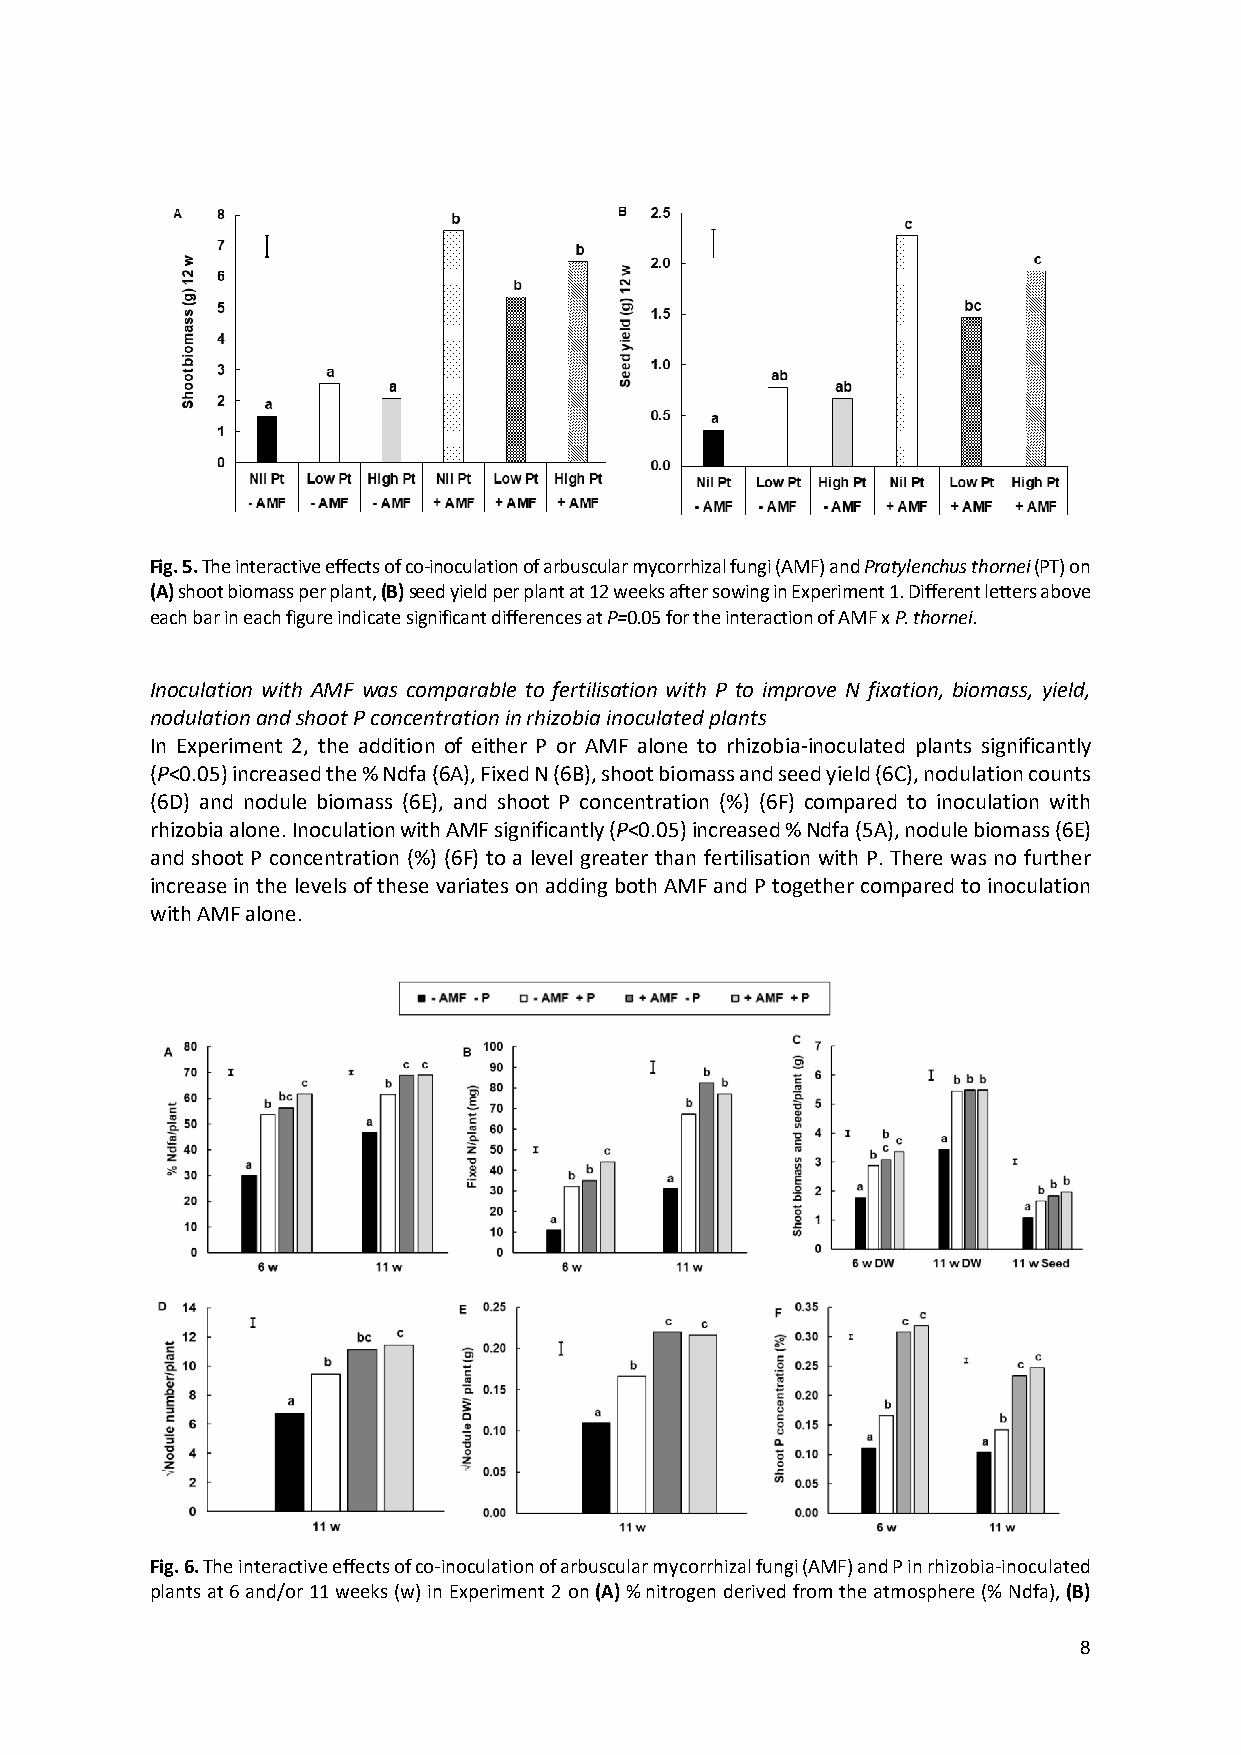
Fig. 5. The interactive effects of co-inoculation of arbuscular mycorrhizal fungi (AMF) and Pratylenchus thornei (PT) on
 (A) shoot biomass per plant, (B) seed yield per plant at 12 weeks after sowing in Experiment 1. Different letters above
 each bar in each figure indicate significant differences at P=0.05 for the interaction of AMF x P. thornei.
 Inoculation with AMF was comparable to fertilisation with P to improve N fixation, biomass, yield,
 nodulation and shoot P concentration in rhizobia inoculated plants
 In Experiment 2, the addition of either P or AMF alone to rhizobia-inoculated plants significantly
 (P<0.05) increased the % Ndfa (6A), Fixed N (6B), shoot biomass and seed yield (6C), nodulation counts
 (6D) and nodule biomass (6E), and shoot P concentration (%) (6F) compared to inoculation with
 rhizobia alone. Inoculation with AMF significantly (P<0.05) increased % Ndfa (5A), nodule biomass (6E)
 and shoot P concentration (%) (6F) to a level greater than fertilisation with P. There was no further
 increase in the levels of these variates on adding both AMF and P together compared to inoculation
 with AMF alone.
 Fig. 6. The interactive effects of co-inoculation of arbuscular mycorrhizal fungi (AMF) and P in rhizobia-inoculated
 plants at 6 and/or 11 weeks (w) in Experiment 2 on (A) % nitrogen derived from the atmosphere (% Ndfa), (B)
 8